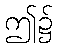
ဤ၌